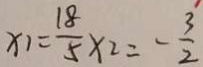
x _ { 1 } = \frac { 1 8 } { 5 } \times 2 = - \frac { 3 } { 2 }